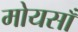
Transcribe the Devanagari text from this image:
मोयसाँ